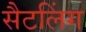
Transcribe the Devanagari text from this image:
सैटलिंग